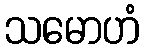
သမောဟံ